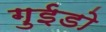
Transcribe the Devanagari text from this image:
गुईडो